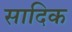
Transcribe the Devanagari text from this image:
सादिक